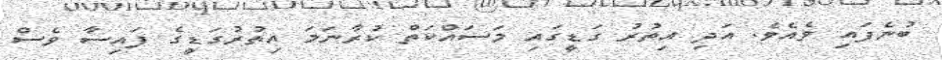
ބުނެފައި ވެއެވެ. އަދި އިތުރު ގަޑީގައި މަސައްކަތް ކުރާނަމަ އިތުރުގަޑީގެ ފައިސާ ވެސް